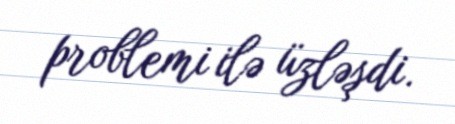
problemi ilə üzləşdi.